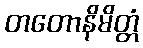
တတောနိမိတ္တံ